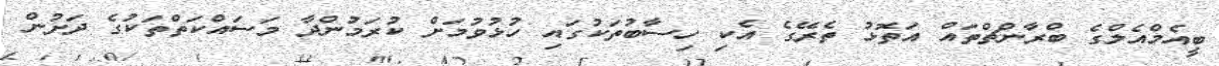
ބީއެމްއެލްގެ ބްރާންޗްތައް އަތޮޅު ތެރޭގެ އެކި ހިސާބުތަކުގައި ހުޅުވުމަށް ކުރަމުންދާ މަސައްކަތްތަކުގެ ދަށުން